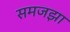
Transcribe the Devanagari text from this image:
समजझा